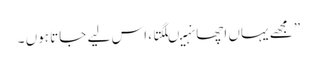
” مجھے یہاں اچھا نہیںلگتا ، اس لیے جاتا ہوں ۔